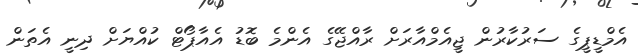
އެމްޑީޕީގެ ސަރުކާރުން ޖީއެމްއާރަށް ރާއްޖޭގެ އެންމެ ބޮޑު އެއާޕޯޓް ކުއްޔަށް ދިނީ އެތަން